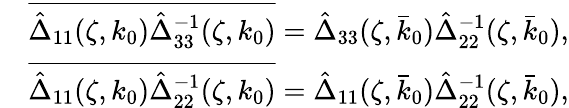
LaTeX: \begin{array}{rl}&{\overline{{\hat{\Delta}_{11}(\zeta,k_{0})\hat{\Delta}_{33}^{-1}(\zeta,k_{0})}}=\hat{\Delta}_{33}(\zeta,\bar{k}_{0})\hat{\Delta}_{22}^{-1}(\zeta,\bar{k}_{0}),}\\ &{\overline{{\hat{\Delta}_{11}(\zeta,k_{0})\hat{\Delta}_{22}^{-1}(\zeta,k_{0})}}=\hat{\Delta}_{11}(\zeta,\bar{k}_{0})\hat{\Delta}_{22}^{-1}(\zeta,\bar{k}_{0}),}\end{array}